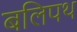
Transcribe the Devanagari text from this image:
बलिपथ